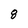
Character: 8